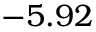
- 5 . 9 2